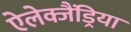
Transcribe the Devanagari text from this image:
ऐलेक्जैंड्रिया